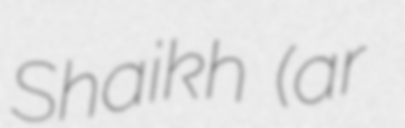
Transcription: Shaikh (ar عبد